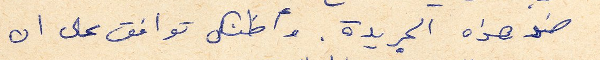
ضد هذه الجريدة. وأظنك توافق على ان